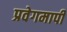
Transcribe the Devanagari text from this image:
प्रवेगमापी